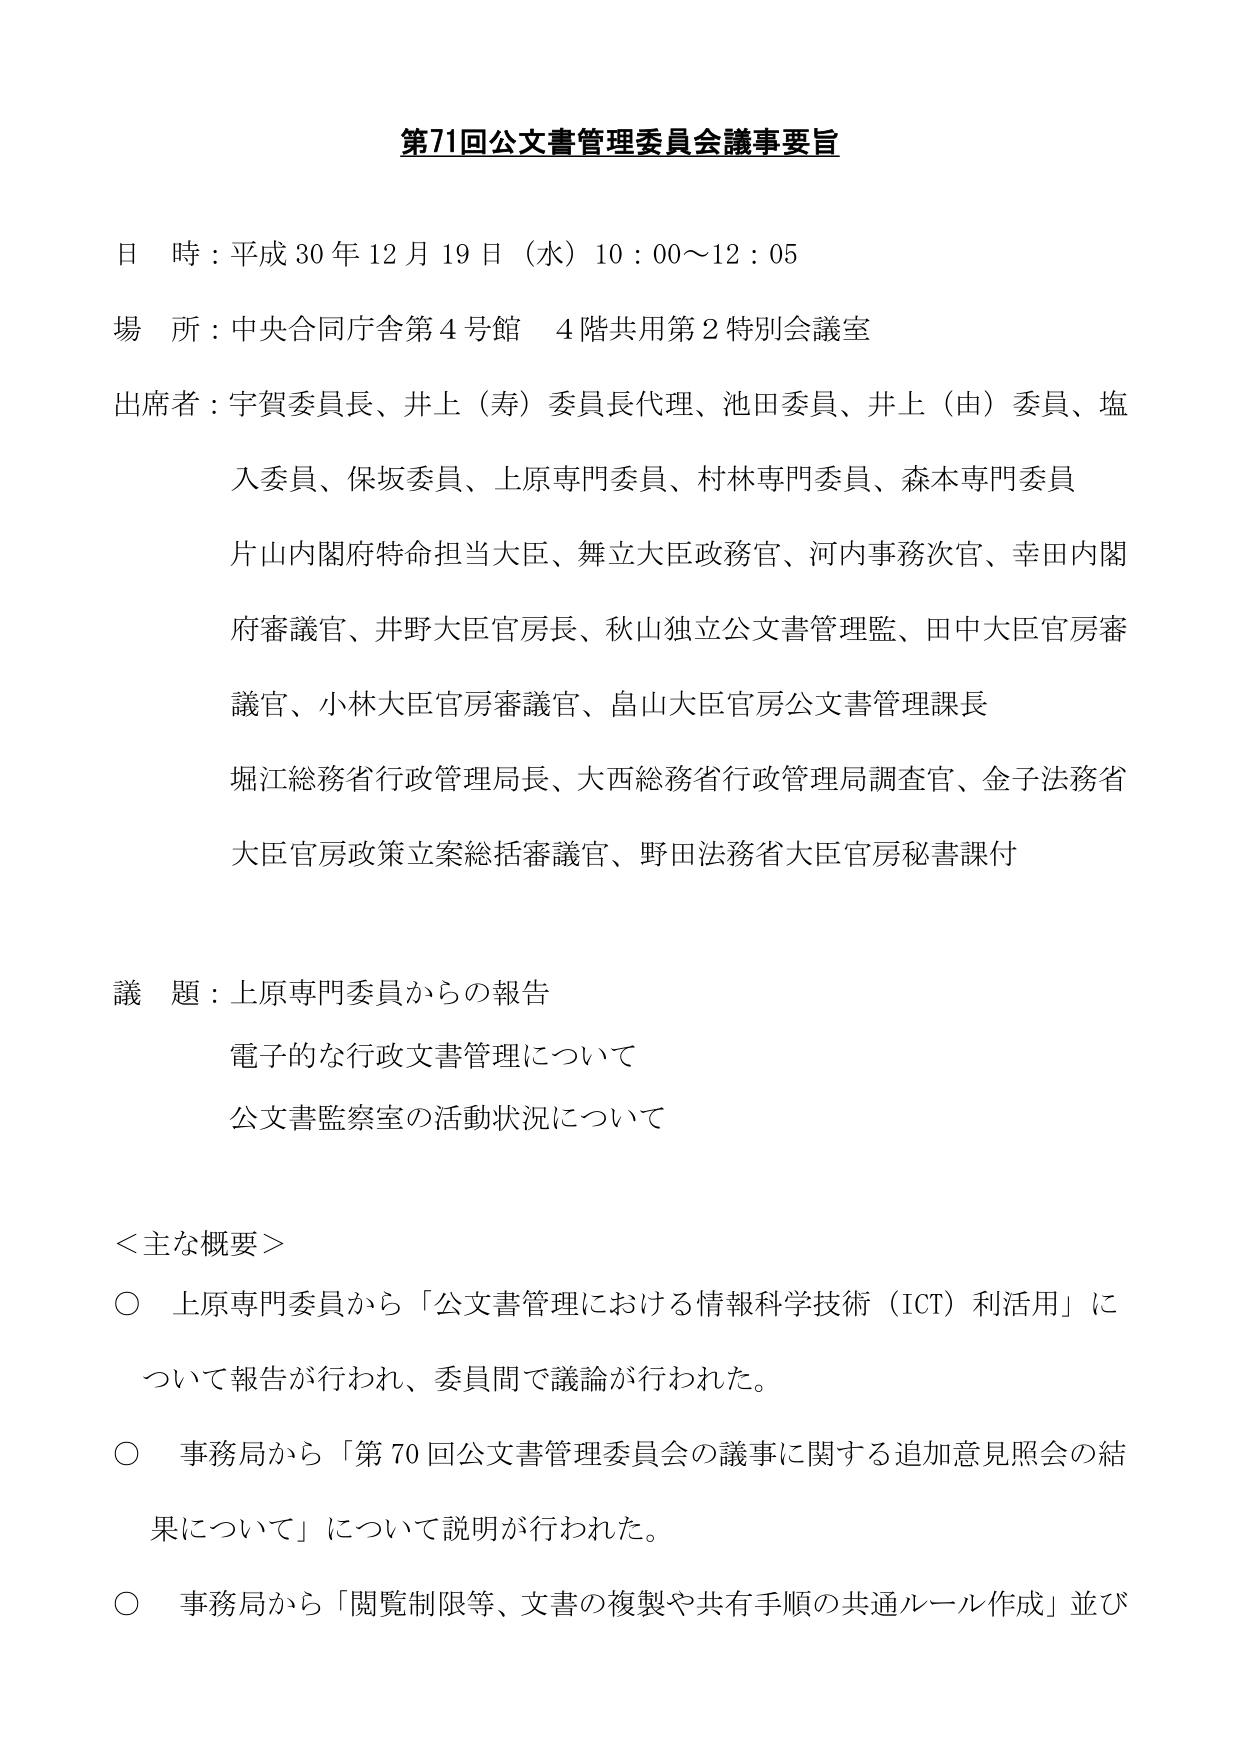
第71回公文書管理委員会議事要旨

日 時：平成30年12月19日（水）10：00～12：05

場 所：中央合同庁舎第4号館 4階共用第2特別会議室

出席者：宇賀委員長、井上（寿）委員長代理、池田委員、井上（由）委員、塩入委員、保坂委員、上原専門委員、村林専門委員、森本専門委員
片山内閣府特命担当大臣、舞立大臣政務官、河内事務次官、幸田内閣府審議官、井野大臣官房長、秋山独立公文書管理監、田中大臣官房審議官、小林大臣官房審議官、畠山大臣官房公文書管理課長
堀江総務省行政管理局長、大西総務省行政管理局調査官、金子法務省大臣官房政策立案総括審議官、野田法務省大臣官房秘書課付

議 題：上原専門委員からの報告
電子的な行政文書管理について
公文書監察室の活動状況について

＜主な概要＞
○ 上原専門委員から「公文書管理における情報科学技術（ICT）利活用」について報告が行われ、委員間で議論が行われた。
○ 事務局から「第70回公文書管理委員会の議事に関する追加意見照会の結果について」について説明が行われた。
○ 事務局から「閲覧制限等、文書の複製や共有手順の共通ルール作成」並び